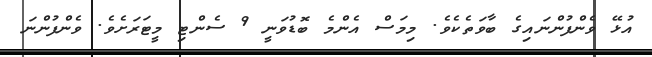
އުޅޭ ވެންފުންނައިގެ ބާވަތެކެވެ. މިމަސް އެންމެ ބޮޑުވަނީ 9 ސެންޓި މީޓަރަށެވެ. ވެންފުންނަ